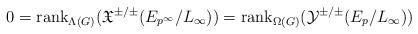
LaTeX: \begin{align*}0=\mathrm{rank}_{\Lambda(G)}(\mathfrak{X}^{\pm/\pm}(E_{p^{\infty}}/L_\infty)) =\mathrm{rank}_{\Omega(G)}(\mathcal{Y}^{\pm/\pm}(E_{p}/L_\infty))\end{align*}